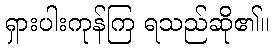
ရှားပါးကုန်ကြ ရသည်ဆို၏။